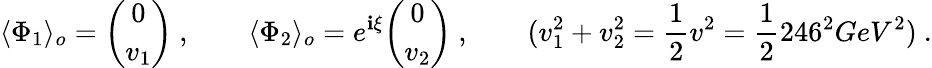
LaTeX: \langle\Phi_{1}\rangle_{o}={\binom{0}{v_{1}}}\ ,\qquad\langle\Phi_{2}\rangle_{o}=e^{\mathbf{i}\xi}{\binom{0}{v_{2}}}\ ,\qquad(v_{1}^{2}+v_{2}^{2}=\frac{{1}}{{2}}v^{2}=\frac{{1}}{{2}}246^{2}GeV^{2})\ .